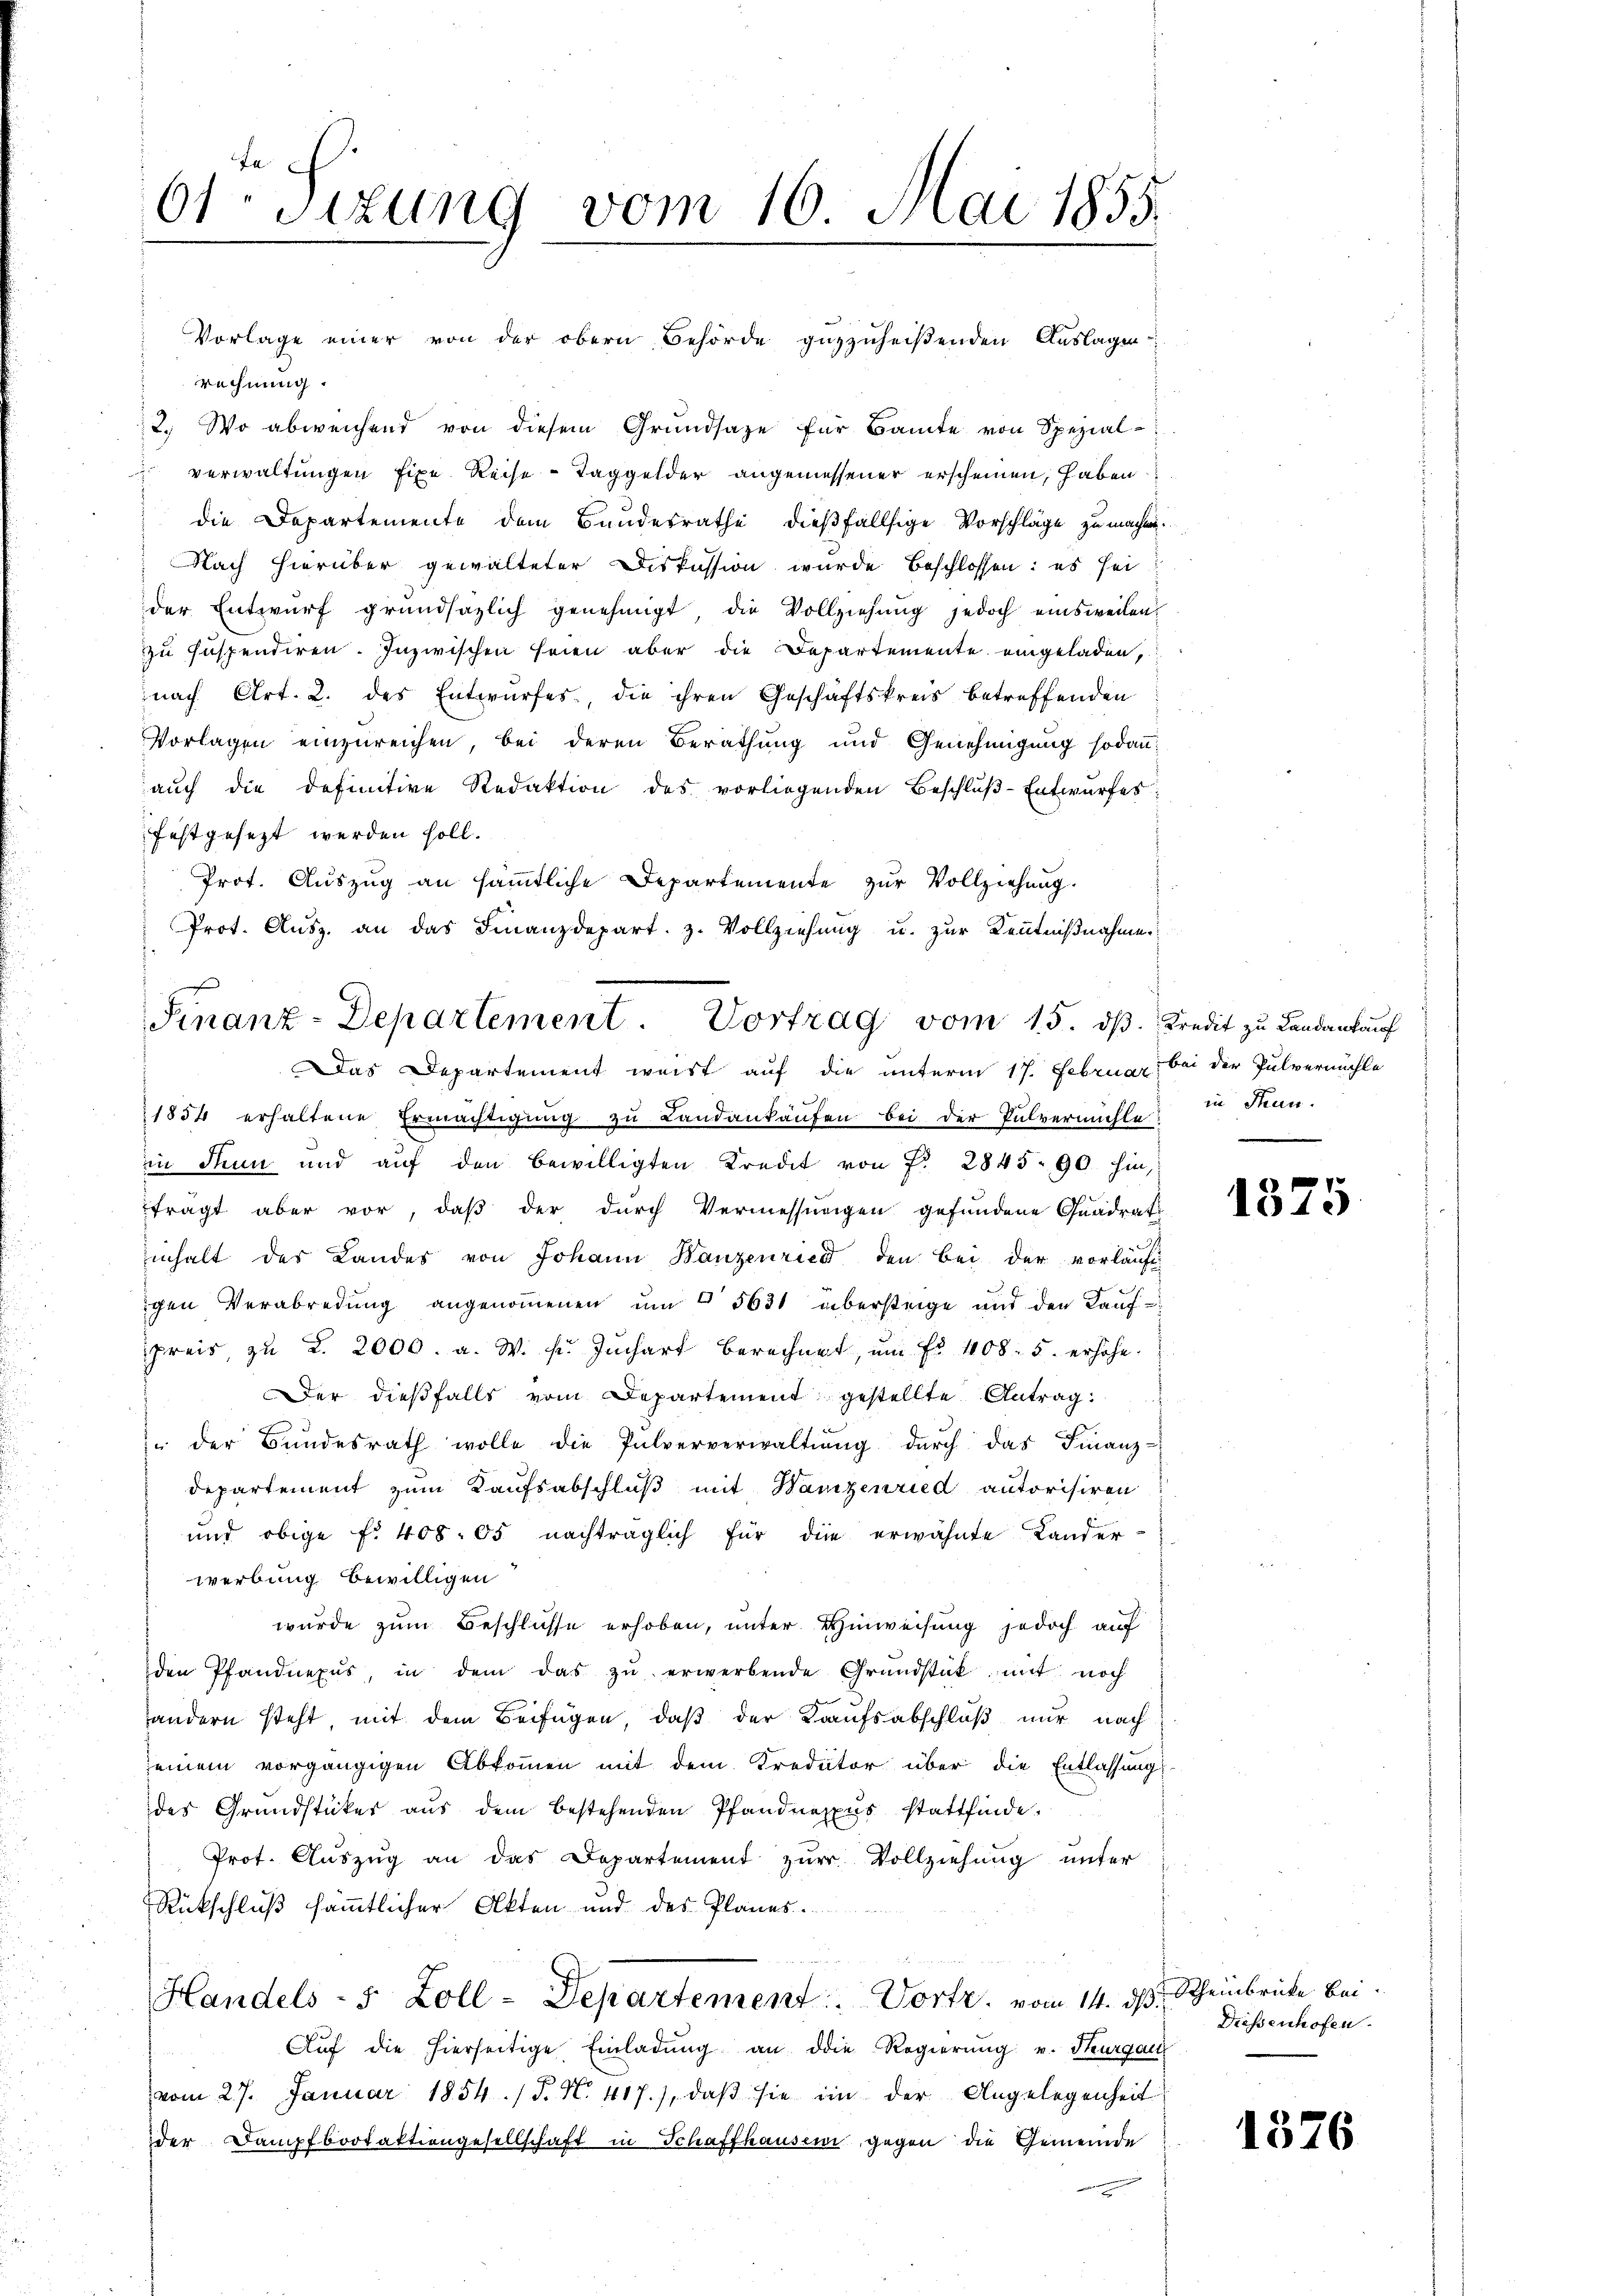
fa
61 Sitzung vom 16. Mai 1855.

rechnung.
2. Wo abweichend von diesem Grundsaze für Baute von Spezial-
 verwaltungen fixe Reise - Taggelder angemessener erscheinen, haben
die Departemente dem Bundesrathe dießfällsige Vorschläge zu machen.
Nach hierüber gewalteter Diskussion wurde beschlossen: es sei
der Entwurf grundsazlich genehmigt, die Vollziehung jedoch einsweilen
zu suspendiren. Inzwischen seien aber die Departemente eingeladen,
nach Art. 2. des Entwurfes, die ihren Geschäftskreis betreffenden
Vorlagen einzureichen, bei deren Berathung und Genehmigung sodann
aŭch die definitive Redaktion des vorliegenden Beschlŭβ-Entwurfes
festgesezt werden soll.
Prot. Auszug an sämmtliche Departemente zŭr Vollziehung.
Prot. Aŭsz. an das Finanzdepart. z. Vollziehung u. zur Kenntnißnahme

Vorlage einer von der obern Behörde guzzuheißenden Auslagen

Finanz-Departement. Vortrag vom 15. ds Kredit zu Landankauf
Das Departement weist auf die unterm 17. Februar bei der Pulvermühle

1854 erhaltene Ermächtigung zu Landankaufen bei der Pulvermühle in Skan-
in Thun und auf den bewilligten Kredit von f. 2845. 90. hin,
frägt aber vor, daß der durch Vermessungen gefundene Quadrat
inhalt des Landes von Johann Banzenried den bei der vorläuft
igen Verabredung angenoṁenen ŭm " 5631 übersteige und den Kaŭf-
preis, zu 2. 2000. a. W. pr. Juchart berechnet, um Fr. 408. 5. erhöhe.
Der dieβfalls vom Departement gestellte Antrag:
 der Bŭndesrath wolle die Pulververwaltŭng dŭrch das Finanz-
departement zum Kaufsabschluß mit Wampenried autorisiren
und obige f. 408:05 nachträglich für die erwähnte Lander-
werbung bewilligen
wurde zum Beschlüsse erhoben, unter Hinweisung jedoch auf
den Pfandnexus, in dem das zŭ erwerbende Grŭndstück mit noch
andern steht, mit dem Beifügen, daß der Kaufsabschluß nur nach
seinem vorgängigen Abkommen mit dem Kreditor über die Entlassung
des Grundstücker aus dem bestehenden Pfandnexus stattfinde.
Prot. Aŭszŭg an das Departement zŭr Vollziehung unter
Rückschluß sämmtlicher Akten und der Planes.
Handels- 5 Zoll-Departement. Vortr. vom 14. dβ
Aŭf die hierseitige Einladŭng an die Regierung u. Heurgau
vom 27. Januar 1854. (T. N. 417.), daβ sie in der Angelegenheit
der Dampfbootaktiengesellschaft in Schaffhausen, gegen die Gemeinde

1375

Scheinbrücke bei
Diessenhofen.

1376